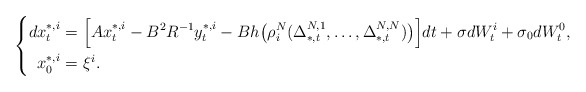
\begin{align*}\left\{\begin{aligned}dx_t^{*,i}=&~\Big[Ax_t^{*,i}-B^2R^{-1}y_t^{*,i}-Bh\big(\rho_i^N(\Delta^{N,1}_{*,t},\ldots,\Delta^{N,N}_{*,t})\big)\Big]dt+\sigma dW_t^i+\sigma_0dW^0_t,\\x^{*,i}_0=&~\xi^i.\end{aligned}\right.\end{align*}